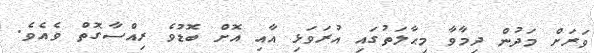
ވަރަށް މަދުން ދިމާވާ މިޙާލަތުގައި އުރަވަޅި އާއި އޮށް ބޮޑުވެ ރިއްސާގޮތް ވެއެވެ.